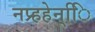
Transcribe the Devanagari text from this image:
नप्र्हहेन्िि